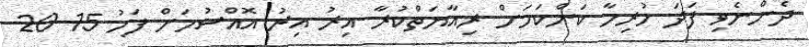
ދެންނެވި ފަދަ ހުރިހާ ކަންކަމަށް ރިއާޔަތްކުރާ އިރު އިރު އޮއްސުމަށް ފަހު 15-20